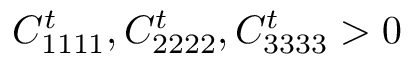
C _ { 1 1 1 1 } ^ { t } , C _ { 2 2 2 2 } ^ { t } , C _ { 3 3 3 3 } ^ { t } > 0